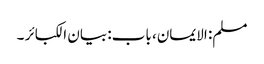
مسلم: الایمان، باب: بیان الکبائر ۔